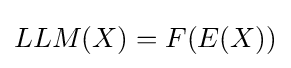
LLM(X)=F(E(X))